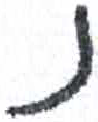
אות: נ